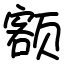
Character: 额